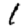
Digit: 1